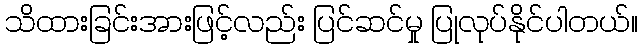
သိထားခြင်းအားဖြင့်လည်း ပြင်ဆင်မှု ပြုလုပ်နိုင်ပါတယ်။